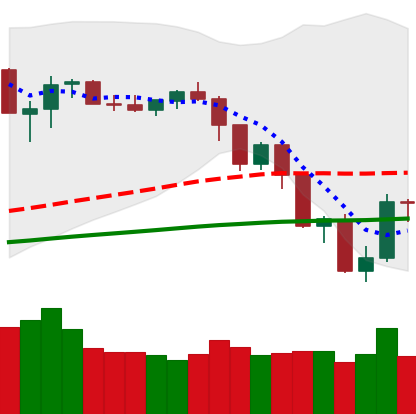
Ticker: NEO-USD
Chart end date: 2019-07-19
Forward return: -9.219%
Label: down_7plus